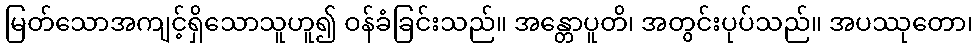
မြတ်သောအကျင့်ရှိသောသူဟူ၍ ဝန်ခံခြင်းသည်။ အန္တောပူတိ၊ အတွင်းပုပ်သည်။ အပဿုတော၊